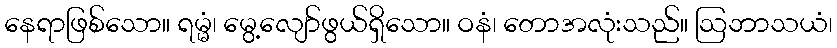
နေရာဖြစ်သော။ ရမ္မံ၊ မွေ့လျော်ဖွယ်ရှိသော။ ဝနံ၊ တောအလုံးသည်။ ဩဘာသယံ၊